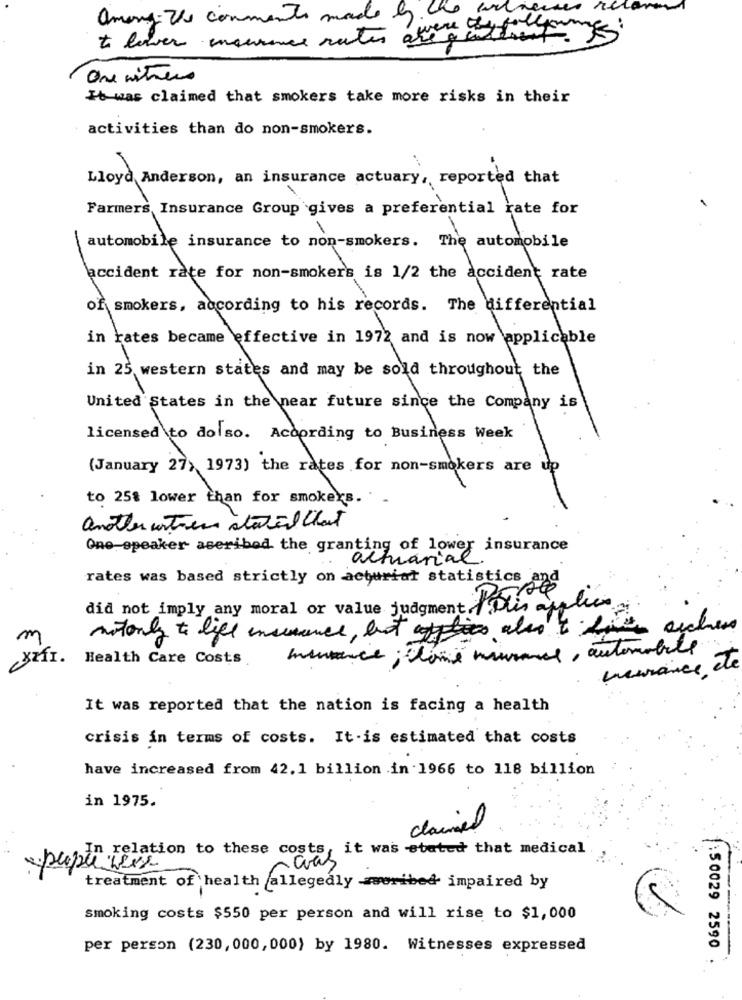
ameny- Ve comments made by the witness
t lover insurance rates avere atta game
One mitreis
It was claimed that smokers take more risks in their
activities than do non-smokers.
Lloyd Anderson, an insurance actuary, reported that
Farmers Insurance Group gives a preferential rate for
automobile insurance to non-smokers. The automobile
accident rate for non-smokers is 1/2 the accident rate
of smokers, according to his records. The differential
in rates became effective in 1972 and is now applicable
in 25 western states and may be sold throughout the
United States in the near future since the Company is
licensed to do so. According to Business Week
(January 27, 1973) the rates for non-smokers are up
to 25% lower than for smokers.
another atien statil Chat
One speaker aseribad the granting of lower insurance
actuarial
rates was based strictly on acturiat statistics
did not imply any moral or value judgment Blis applies
notonly to life insurance, but also't fait acchess
I.
Health Care Costs
menance ; come insurance, automobile
nurance de
It was reported that the nation is facing a health
crisis in terms of costs. It-is estimated that costs
have increased from 42. 1 billion in 1966 to 118 billion
in 1975.
daimiel
3
In relation to these costs, it was stated that medical
paper Less
was
treatment of health allegedly wwwribed impaired by
smoking costs $550 per person and will rise to $1,000
per person (230, 000, 000) by 1980. Witnesses expressed
:50029 2590